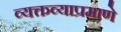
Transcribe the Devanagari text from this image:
व्यक्तव्याप्रमाणे